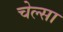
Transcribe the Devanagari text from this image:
चेल्सा